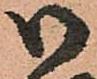
御